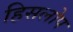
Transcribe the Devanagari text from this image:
हिसलोप